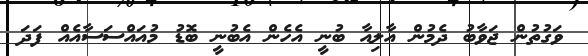
ވަގުތުން ޖަވާބު ދެމުން އާލިއާ ބުނީ އެހެން އެބުނީ ބޮޑު މުއައްސަސާއެއް ފަދަ